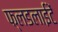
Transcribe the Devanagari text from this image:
फ्लडलाईटें